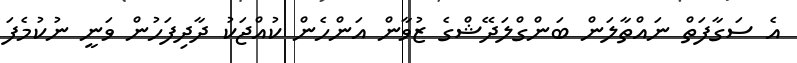
އެ ސަގާފަތް ނައްތާލަން ބަންގްލަދޭޝްގެ ޒުވާން އަންހެން ކުއްޖަކު ދާދިފަހުން ވަނީ ނުކުމެފަ